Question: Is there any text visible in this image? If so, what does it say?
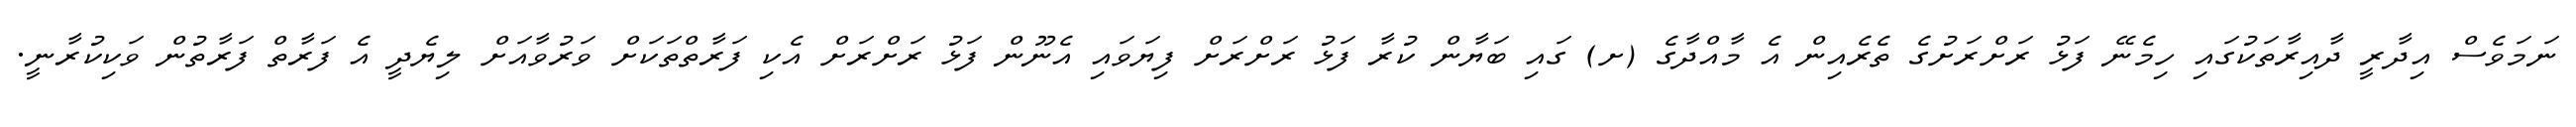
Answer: ނަމަވެސް އިދާރީ ދާއިރާތަކުގައި ހިމެނޭ ފަޅު ރަށްރަށުގެ ތެރެއިން އެ މާއްދާގެ (ށ) ގައި ބަޔާން ކުރާ ފަޅު ރަށްރަށް ފިޔަވައި އެނޫން ފަޅު ރަށްރަށް އެކި ފަރާތްތަކަށް ވަރުވާއަށް ލިޔެދީ އެ ފަރާތް ފަރާތުން ވަކިކުރާނީ.